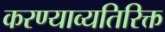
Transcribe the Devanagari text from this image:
करण्याव्यतिरिक्त